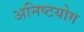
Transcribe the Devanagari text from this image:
अनिष्टयोग